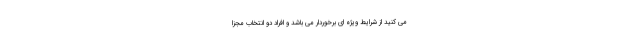
می کنید از شرایط ویژه ای برخوردار می باشد و افراد دو انتخاب مجزا